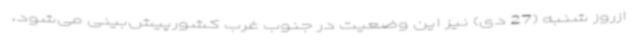
ازروز شنبه (27 دی) نیز این وضعیت در جنوب غرب کشورپیش‌بینی می‌شود،